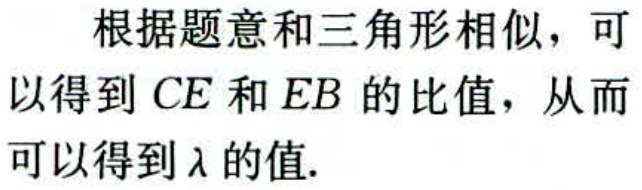
根据题意和三角形相似，可以得到 \(CE\) 和 \(EB\) 的比值，从而可以得到 \(\lambda\) 的值.